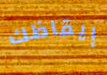
إيقاظك